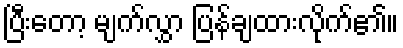
ပြီးတော့ မျက်လွှာ ပြန်ချထားလိုက်၏။